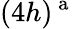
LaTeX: (4h)^{\mathrm{~a~}}